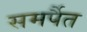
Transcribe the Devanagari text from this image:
समर्पैत